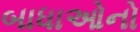
બાધાઓનો